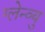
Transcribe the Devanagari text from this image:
ग्लेन्व्यु